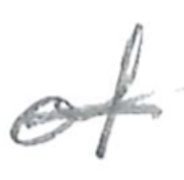
Text: of
Cross-out: single-line
Writing tool: pencil